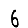
Digit: 6